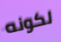
لكونه